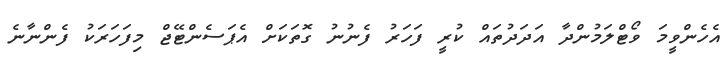
އެހެންވީމަ ވޯޓްލަމުންދާ އަދަދުތައް ކުރީ ފަހަރު ފެނުނު ގޮތަކަށް އެޕަސެންޓޭޖް މިފަހަރަކު ފެންނާނެ